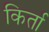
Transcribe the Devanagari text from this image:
किर्ता